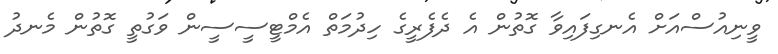
ވީނިއުސްއަށް އެނގިފައިވާ ގޮތުން އެ ދެފެރީގެ ހިދުމަތް އެމްޓީސީސީން ވަގުތީ ގޮތުން މެނދު